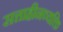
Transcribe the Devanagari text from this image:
सत्ताहीनव्यक्ति